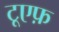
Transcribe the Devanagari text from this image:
टूएफ़